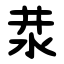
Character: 汬